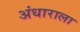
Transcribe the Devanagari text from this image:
अंधाराला